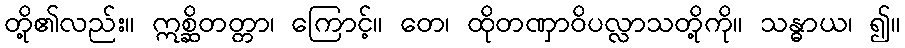
တို့၏လည်း။ ဣစ္ဆိတတ္တာ၊ ကြောင့်။ တေ၊ ထိုတဏှာဝိပလ္လာသတို့ကို။ သန္ဓာယ၊ ၍။